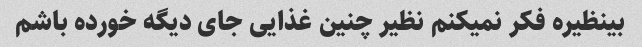
بینظیره فکر نمیکنم نظیر چنین غذایی جای دیگه خورده باشم